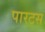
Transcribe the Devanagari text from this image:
पारटस